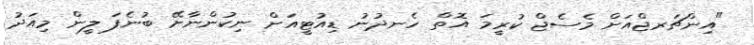
"އިންޗަރޖްއަށް މެސެޖް ކުރީމަ އޮތް ހެނދުނު ޑިއުޓީއަށް ނިކުންނާށޭ ބުނެފަ ލީން މިއަދު